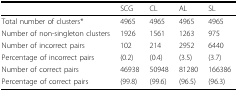
|  | SCG | CL | AL | SL |
 | --- | --- | --- | --- | --- |
 | Total number of clusters* | 4965 | 4965 | 4965 | 4965 |
 | Number of non-singleton clusters | 1926 | 1561 | 1263 | 975 |
 | Number of incorrect pairs | 102 | 214 | 2952 | 6440 |
 | Percentage of incorrect pairs | (0.2) | (0.4) | (3.5) | (3.7) |
 | Number of correct pairs | 46938 | 50948 | 81280 | 166386 |
 | Percentage of correct pairs | (99.8) | (99.6) | (96.5) | (96.3) |